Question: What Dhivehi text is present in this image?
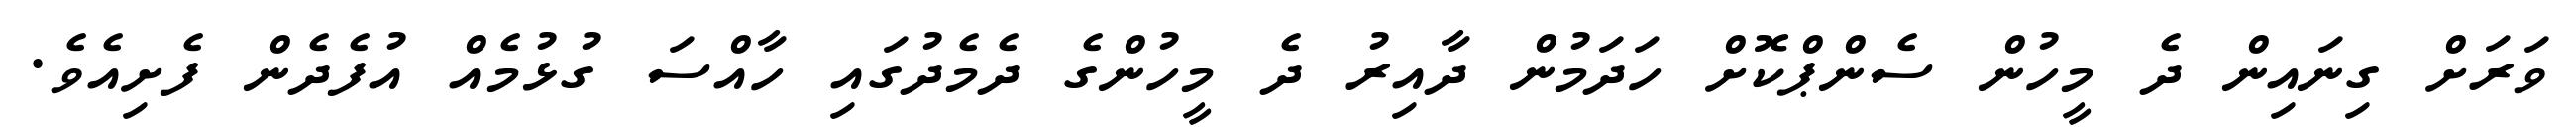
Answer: ވަރަށް ގިނައިން ދެ މީހުން ސެންޕްކޮށް ހަދަމުން ދާއިރު ދެ މީހުންގެ ދެމެދުގައި ހާއްސަ ގުޅުމެއް އުފެދެން ފެށިއެވެ.